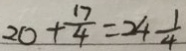
2 0 + \frac { 1 7 } { 4 } = 2 4 \frac { 1 } { 4 }